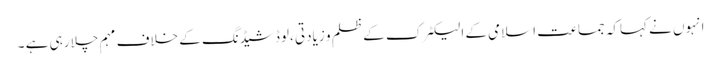
انہوں نے کہاکہ جماعت اسلامی کے الیکٹرک کے ظلم و زیادتی ،لوڈشیڈنگ کے خلاف مہم چلا رہی ہے ۔